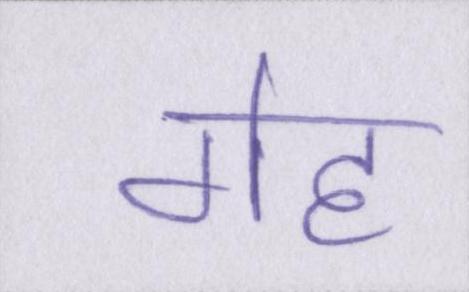
गेह